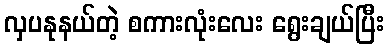
လှပနုနယ်တဲ့ စကားလုံးလေး ရွေးချယ်ပြီး